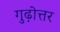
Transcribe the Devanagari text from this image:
गुढ़ोत्तर